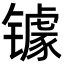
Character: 𮣷